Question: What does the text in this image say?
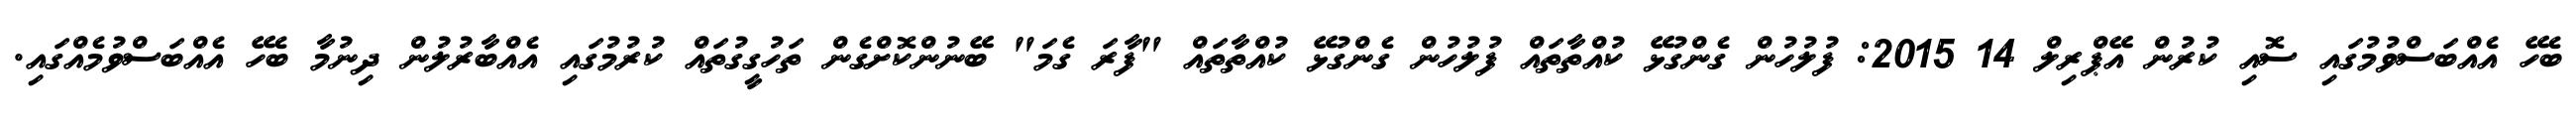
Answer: ބެހޭ އެއްބަސްވުމުގައި ސޮއި ކުރުން އޭޕްރިލް 14 2015: ފުލުހުން ގެންގުޅޭ ކުއްތާތައް ފުލުހުން ގެންގުޅޭ ކުއްތާތައް "ފާރަ ގެމަ" ބޭނުންކޮށްގެން ތަހުގީގުތައް ކުރުމުގައި އެއްބާރުލުން ދިނުމާ ބެހޭ އެއްބަސްވުމެއްގައި.